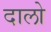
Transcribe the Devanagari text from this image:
दालो